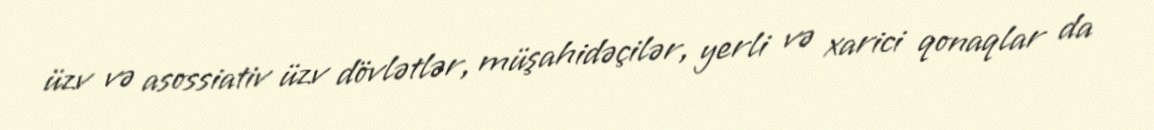
üzv və asossiativ üzv dövlətlər, müşahidəçilər, yerli və xarici qonaqlar da